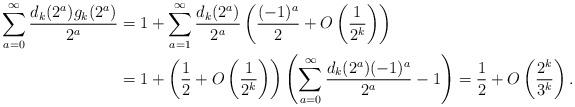
LaTeX: \begin{align*}\sum_{a=0}^{\infty} \frac{d_k(2^a)g_k(2^a)}{2^a}&= 1+\sum_{a=1}^{\infty}\frac{d_k(2^a)}{2^a} \left(\frac{(-1)^a}{2} +O\left(\frac{1}{2^k}\right)\right)\\&= 1+\left(\frac12+ O\left(\frac{1}{2^k}\right)\right)\left(\sum_{a=0}^{\infty}\frac{d_k(2^a)(-1)^a}{2^a}-1\right)= \frac12+ O\left(\frac{2^k}{3^k}\right).\end{align*}